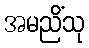
အမညိံသု